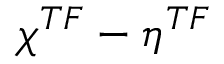
\chi ^ { T F } - \eta ^ { T F }